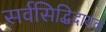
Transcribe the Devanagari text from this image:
सर्वसिद्धिदायक